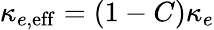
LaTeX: \kappa_{e,{\mathrm{eff}}}=(1-C)\kappa_{e}